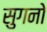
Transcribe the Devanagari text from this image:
सुगनो